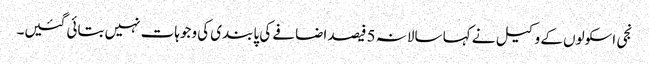
نجی اسکولوں کے وکیل نے کہا سالانہ 5 فیصد اضافے کی پابندی کی وجوہات نہیں بتائی گئیں۔